Report on horse surra - Volume I
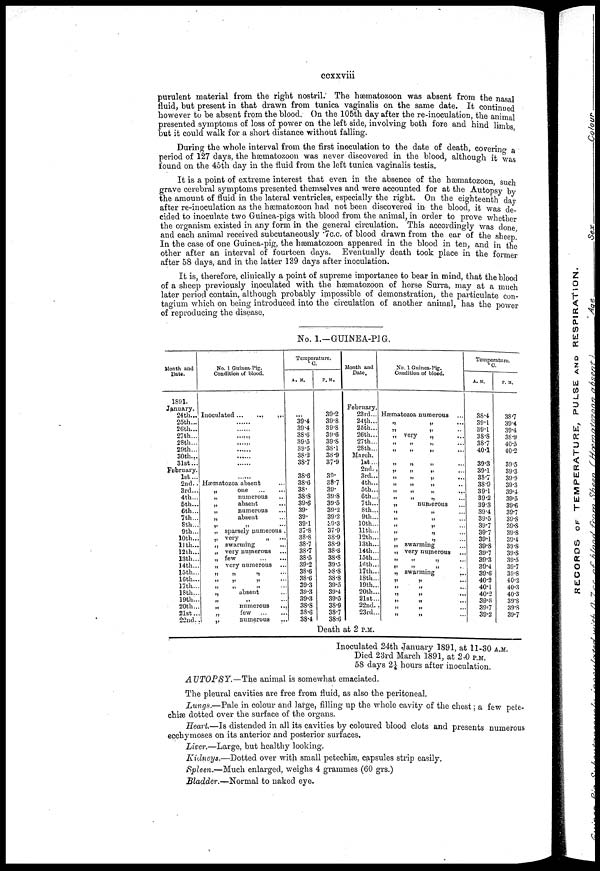
ccxxviii
purulent material from the right nostril. The hæmatozoon was absent from the nasal
fluid, but present in that drawn from tunica vaginalis on the same date. It continued
however to be absent from the blood. On the 105th day after the re-inoculation, the animal
presented symptoms of loss of power on the left side, involving both fore and hind limbs,
but it could walk for a short distance without falling.
During the whole interval from the first inoculation to the date of death, covering a
period of 127 days, the hæmatozoon was never discovered in the blood, although it was
found on the 45th day in the fluid from the left tunica vaginalis testis.
It is a point of extreme interest that even in the absence of the hæmatozoon, such
grave cerebral symptoms presented themselves and were accounted for at the Autopsy by
the amount of fluid in the lateral ventricles, especially the right. On the eighteenth day
after re-inoculation as the hæmatozoon had not been discovered in the blood, it was de-
cided to inoculate two Guinea-pigs with blood from the animal, in order to prove whether
the organism existed in any form in the general circulation. This accordingly was done
and each animal received subcutaneously .7 c.c. of blood drawn from the ear of the sheep.
In the case of one Guinea-pig, the hæmatozoon appeared in the blood in ten, and in the
other after an interval of fourteen days. Eventually death took place in the former
after 58 days, and in the latter 139 days after inoculation.
It is, therefore, clinically a point of supreme importance to bear in mind, that the blood
of a sheep previously inoculated with the hæmatozoon of horse Surra, may at a much
later period contain, although probably impossible of demonstration, the particulate con¬
tagium which on being introduced into the circulation of another animal, has the power
of reproducing the disease.
No. 1.-GUINEA-PIG.
Month and
Date.
1891.
January.
24th...
25th...
26th...
27th...
28th...
29th...
30th...
31st...
February.
1st...
2nd. .
3rd...
4th...
5th...
6th...
7th...
8th...
9th...
10th...
11th...
12th...
13th...
14th...
15th...
16th...
17th...
18th...
19th...
20th...
21st..
22nd.
No. 1 Guinea-Pig.
Condition of blood.
Inoculated
.
... ...
......
......
......
......
......
......
......
......
Hæmatozoa absent
„
one
„
numerous
„
absent
„
numerous
„
absent
„ „
„ sparsely numerous .
„ very
„
„ swarming
„ very numerous
„ few
„ very numerous
„ „ „
„ „ „
„ „ „
„
absent...
„ „ „
„
numerous...
„
few
...
„
numerous...
Temperature.
°C.
A. M.
...
39.4
39.4
38.6
39.5
39.5
38.2
38.7
38.6
38.6
38.
38.8
39.6
39.
39.
39.1
37.8
38.8
38.7
38.7
38.5
39.2
38.6
38 .6
39.3
39.3
39.3
38.8
38.6
38.4
P. M.
39.2
39.8
39.8
39.6
39.8
38.1
38.9
37.9
39.
38.7
39.
39.8
39.5
39.2
39.2
39.3
37.9
38.9
38.9
38.8
38.8
39.5
38.8
38.8
39.5
39.4
39.5
38.9
38.7
Month and
Date.
February.
23 rd...
24th...
25th...
26th...
27th...
28th...
March.
1st...
2nd..
3rd...
4th...
5th...
6th...
7th...
8th...
9th...
10th...
11th...
12th...
13th...
14th...
15th...
16th...
17th...
18th...
19th...
20th..
21st..
22nd.
23rd..
38.6
Death at 2 P.M.
No. 1 Guinea-Pig.
Condition of blood.
Hæmatozoa numerous
„
„
...
„ „ ...
„ very
„ ...
„ „ ...
„ „ ...
„ „ ...
„ „ ...
„ „ ...
„ „ ...
„ „ ...
„ „ ...
„
numerous...
„ „ ...
„ „ ...
„ „ ...
„ ...
„ „ ...
„ swarming...
„ very numerous...
„ „ ...
„ „ ...
„ swarming...
„ „ ...
„ „ ...
„ „ ...
„ „ ...
„ „ ...
„ „ ...
Temperature.
°C.
A. M.
38.4
39.1
39.1
38.8
38.7
40.1
39.3
39.1
38.7
38.9
39.1
39.2
39.3
39.4
39.5
39.7
39.7
39.1
39.8
39.7
39.3
39.4
39.6
40.2
40.1
40.2
39.6
39:7
39.2
P. M.
38.7
39.4
39.4
38.9
40.5
40.2
39.5
39.3
39.9
39.3
39.4
39.5
39.6
39.7
39.8
39.8
39.8
39.4
39.8
39.8
39.5
39.7
39.8
40.2
40.3
40.3
39.8
39.8
39.7
Inoculated 24th January 1891, at 11-30 A.M.
Died 23rd March 1891, at 2-0 P.M.
58 days 2¼ hours after inoculation.
AUTOPSY.—The
animal is somewhat emaciated.
The pleural cavities are free from fluid, as also the peritoneal.
Lungs.—Pale in colour and large, filling up the whole cavity of the chest ; a few pete-
chiæ dotted over the surface of the organs.
Heart.—Is distended in all its cavities by coloured blood clots and presents numerous
ecchymoses on its anterior and posterior surfaces.
Liver.—Large, but healthy looking.
Kidneys.—Dotted over with small petechiæ, capsules strip easily.
Spleen.—Much enlarged, weighs 4 grammes (60 grs.)
Bladder.—Normal to naked eye.